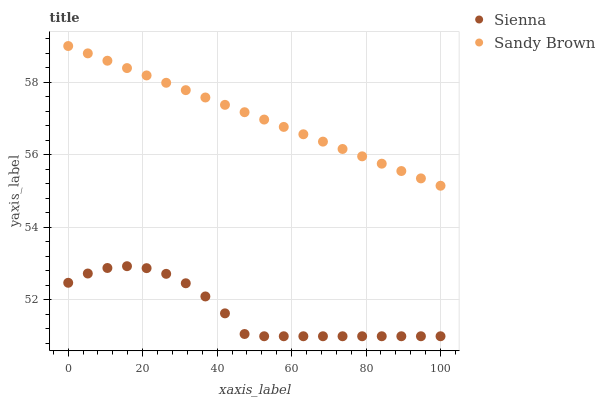
| xaxis_label | Sienna | Sandy Brown |
 | --- | --- | --- |
 | 0 | 52.5 | 59 |
 | 5.26 | 52.7 | 58.8 |
 | 10.5 | 52.9 | 58.6 |
 | 15.8 | 52.9 | 58.4 |
 | 21.1 | 52.9 | 58.2 |
 | 26.3 | 52.7 | 58 |
 | 31.6 | 52.5 | 57.8 |
 | 36.8 | 52.1 | 57.6 |
 | 42.1 | 51.6 | 57.4 |
 | 47.4 | 51.1 | 57.2 |
 | 52.6 | 51 | 57 |
 | 57.9 | 51 | 56.8 |
 | 63.2 | 51 | 56.6 |
 | 68.4 | 51 | 56.4 |
 | 73.7 | 51 | 56.2 |
 | 78.9 | 51 | 56 |
 | 84.2 | 51 | 55.8 |
 | 89.5 | 51 | 55.6 |
 | 94.7 | 51 | 55.4 |
 | 100 | 51 | 55.1 |